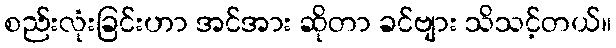
စည်းလုံးခြင်းဟာ အင်အား ဆိုတာ ခင်ဗျား သိသင့်တယ်။